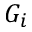
G _ { i }